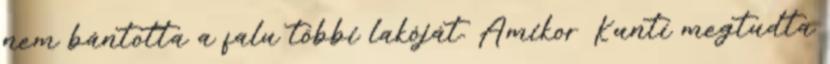
nem bántotta a falu többi lakóját. Amikor Kuntí megtudta